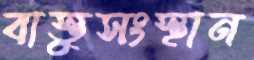
বাস্তুসংস্থান